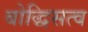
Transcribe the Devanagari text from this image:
बोद्धिसत्व